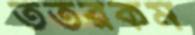
ততরকম